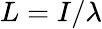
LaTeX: L=I/\lambda